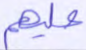
عليهم